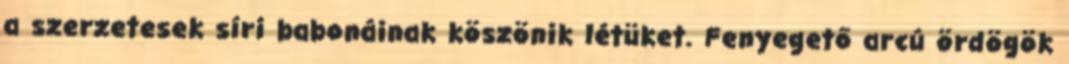
a szerzetesek síri babonáinak köszönik létüket. Fenyegető arcú ördögök